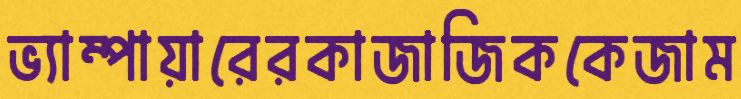
ভ্যাম্পায়ারেরকাজাজিককেজাম